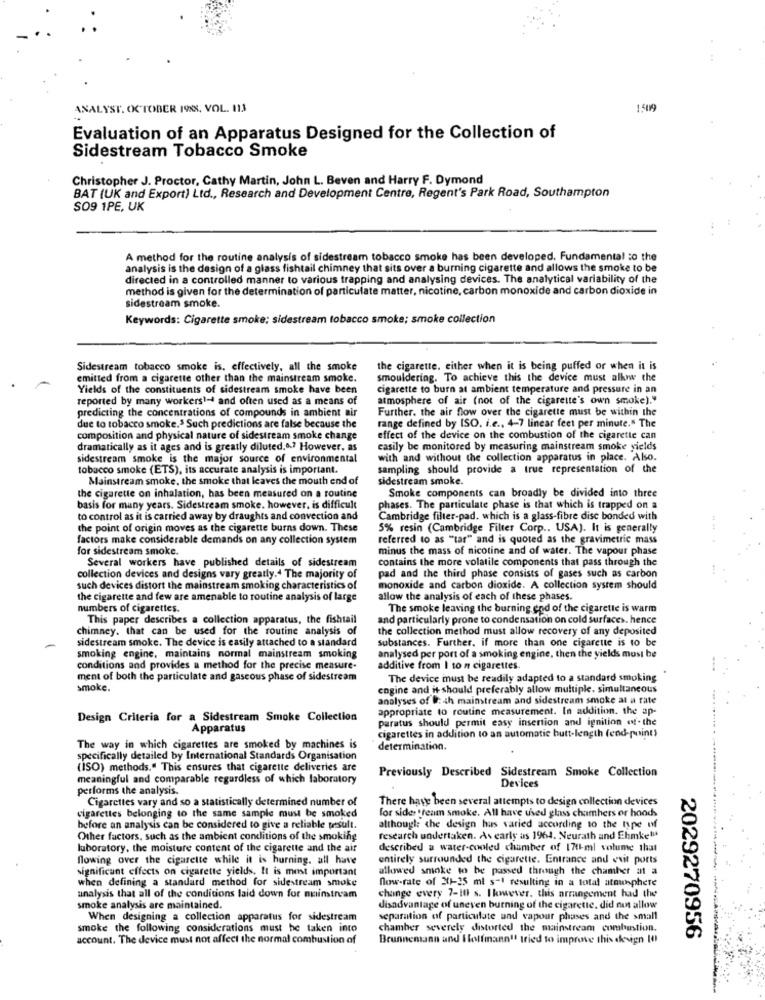
ANALYST. OCTOBER 1988, VOL. 113
1.509
Evaluation of an Apparatus Designed for the Collection of
Sidestream Tobacco Smoke
Christopher J. Proctor, Cathy Martin, John L. Beven and Harry F. Dymond
BAT (UK and Export) Ltd ., Research and Development Centre, Regent's Park Road, Southampton
SO9 1PE, UK
A method for the routine analysis of sidestream tobacco smoke has been developed. Fundamental :o the
analysis is the design of a glass fishtail chimney that sits over a burning cigarette and allows the smoke to be
directed in a controlled manner to various trapping and analysing devices. The analytical variability of the
method is given for the determination of particulate matter, nicotine, carbon monoxide and carbon dioxide in
sidestream smoke.
Keywords: Cigarette smoke; sidestream tobacco smoke; smoke collection
Sidestream tobacco smoke is, effectively, all the smoke
the cigarette, either when it is being puffed or when it is
emitted from a cigarette other than the mainstream smoke.
smouldering. To achieve this the device must allow the
Yields of the constituents of sidestream smoke have been
cigarette to burn at ambient temperature and pressure in an
reported by many workers1-4 and often used as a means of
atmosphere of air (not of the cigarette's own smoke)."
predicting the concentrations of compounds in ambient air
Further. the air flow over the cigarette must be within the
due to tobacco smoke.3 Such predictions are false because the
range defined by ISO. i.e ., 4-7 linear feet per minute." The
composition and physical nature of sidestream smoke change
effect of the device on the combustion of the cigarette can
dramatically as it ages and is greatly diluted.a .? However, as
easily be monitored by measuring mainstream smoke yields
sidestream smoke is the major source of environmental
with and without the collection apparatus in place. Also.
tobacco smoke (ETS), its accurate analysis is important.
sampling should provide a true representation of the
Mainstream smoke, the smoke that leaves the mouth end of
sidestream smoke.
the cigarette on inhalation, has been measured on a routine
Smoke components can broadly be divided into three
basis for many years. Sidestream smoke. however, is difficult
phases. The particulate phase is that which is trapped on a
to control as it is carried away by draughts and convection and
Cambridge filter-pad. which is a glass-fibre disc bonded with
the point of origin moves as the cigarette burns down. These
5% resin (Cambridge Filter Corp .. USA). It is generally
factors make considerable demands on any collection system
referred to as "tar" and is quoted as the gravimetric mass
for sidestream smoke.
minus the mass of nicotine and of water. The vapour phase
Several workers have published details of sidestream
contains the more volatile components that pass through the
collection devices and designs vary greatly.4 The majority of
pad and the third phase consists of gases such as carbon
such devices distort the mainstream smoking characteristics of
monoxide and carbon dioxide. A collection system should
the cigarette and few are amenable to routine analysis of large
allow the analysis of each of these phases.
numbers of cigarettes.
The smoke leaving the burning end of the cigarette is warm
This paper describes a collection apparatus, the fishtail
and particularly prone to condensation on cold surfaces. hence
chimney. that can be used for the routine analysis of
the collection method must allow recovery of any deposited
sidestream smoke. The device is easily attached to a standard
substances. Further. if more than one cigarette is to be
smoking engine, maintains normal mainstream smoking
analysed per port of a smoking engine, then the yields must be
conditions and provides a method for the precise measure-
additive from I to n cigarettes.
ment of both the particulate and gaseous phase of sidestream
The device must be readily adapted to a standard smoking
smoke.
engine and it should preferably allow multiple. simultaneous
analyses of @: 4h mainstream and sidestream smoke at a rate
appropriate to routine measurement. In addition. the ap-
Design Criteria for a Sidestream Smoke Collection
paratus should permit easy insertion and ignition of- the
Apparatus
cigarettes in addition to an automatic butt-length (end-point)
The way in which cigarettes are smoked by machines is
determination.
specifically detailed by International Standards Organisation
(ISO) methods." This ensures that cigarette deliveries are
Previously Described Sidestream Smoke Collection
meaningful and comparable regardless of which laboratory
performs the analysis.
Devices
Cigarettes vary and so a statistically determined number of
There have been several attempts to design collection devices
for sides tream smoke. All have used glass chambers or hoods
cigarettes belonging to the same sample must be smoked
before an analysis can be considered to give a reliable wresult.
although the design has varied according to the type of
Other factors, such as the ambient conditions of the smoking
research undertaken. As early as 1964. Neurath and Ehmketu
laboratory, the moisture content of the cigarette and the air
described a water-cooled chamber of 17th-ml volume that
flowing over the cigarette while it is burning. all have
entirely surrounded the cigarette. Entrance and exit ports
significant effects on cigarette yields. It is most important
allowed smoke to be passed through the chamber at a
when defining a standard method for sidestream smoke
now-rate of 201-25 ml s-1 resulting in a total ataunphere
analysis that all of the conditions laid down for nuimstream
change every 7-Il s. Ikwever. this arrangement had the
smoke analysis are maintained.
disadvantage of uneven burning of the cigarette, did not allow
When designing a collection apparatus for sidestream
separation of particulate and vapour phases and the small
smoke the following considerations must be taken into
chamber severely distorted the mainstream comluntion.
account. The device must not affect the normal combustion of
Brunnemann and I lolfmann !! tried to improve this design 10)
2029270956